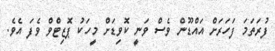
ފުރަތަމަ ފަހަރަށް އައްޑޫން ވެސް ވަނީ ކޮވިޑަށް މީހަކު ޕޮޒިޓްވް ވެފަ އެވެ.